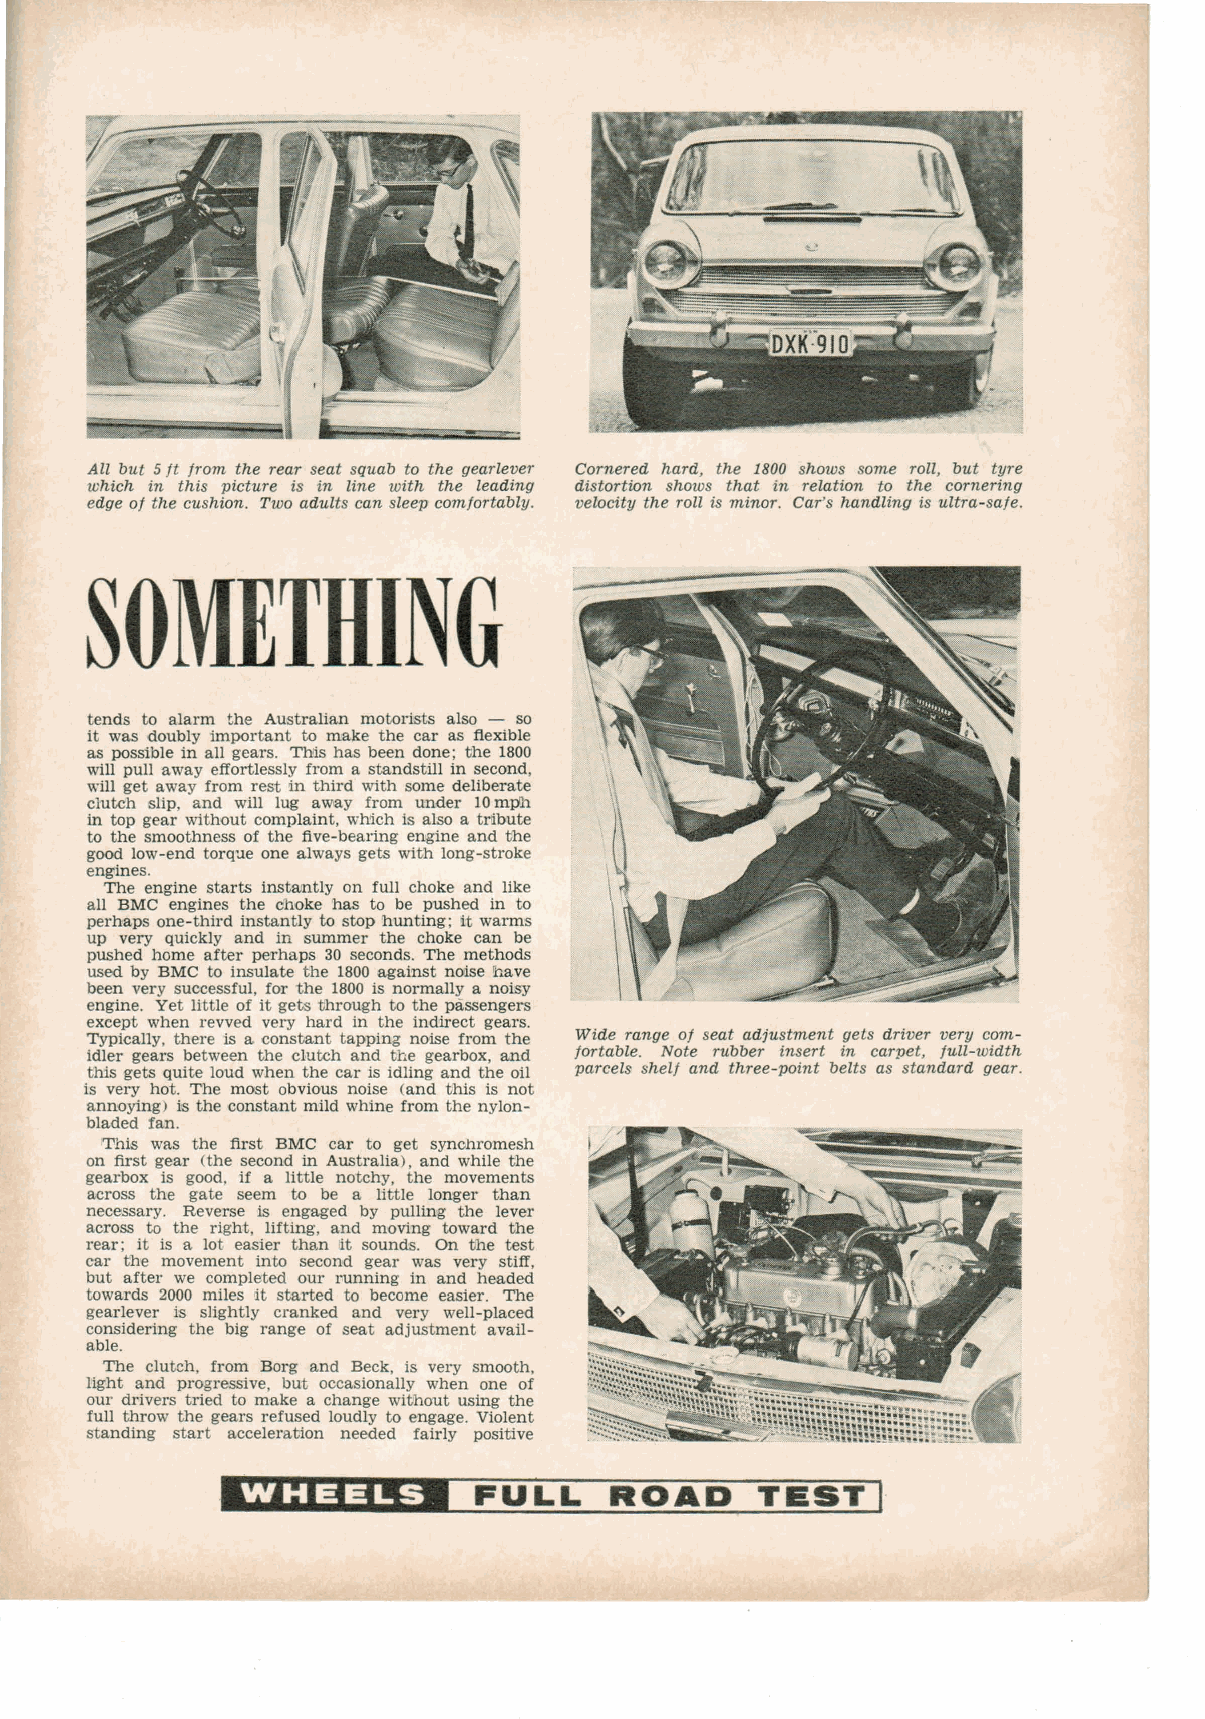
All but 5 jt jrom the rear seat squab to the gearlever Cornered hard, the 1800 shows some roll, but tYl'e
 which in this picture is in line with the leading distortion shows that in relation to the cornering
 edge oj the cushion. Two adults can sleep comjortably. velocity the roll is minor. Car's handling is ultra-saje.
 SOMETHING
 tends to alarm the Australian motorists also - so
 it was doubly important to make the car as flexible
 as possible in all gears. Thiis has been done; the 1800
 will pull away effortlessly from a standstill in second,
 will get away from rest in third with some deliberate
 clutch Slip, and will lug away from under 10 mPh
 in top gear without complaint, which is also a tr[bute
 to the smoothness of the five-bealing engine and t!he
 good low-end torq'.le one always gets with long-stroke
 engines.
 The engine starts instantly on full choke and like
 all BMC engines the choke has to be pushed in to
 perhaps one-third instantly to stop hunting; it warms
 up very quickly and in summer the choke can be
 pushed home after perhaps 30 seconds. The methods
 used by BMC to insulate the 1800 against noise 'have
 been very successful, for the 1800 is normally a noisy
 engine. Yet little of it gets through to the passengers
 except when revved very hard in the indirect gears.
 Typical1y, there is a constant tapping noise from the Wide range oj seat adjustment gets driver very com
 idler gears between the clutch and the gearbox, and fortable. Note rubber insert in carpet, full-width
 this gets quite loud when the car is idling and the oil parcels shelf and three-point belts as standard gear.
 is very hot. The most obvious noise (and this is not
 annoying) is the constant mild whine from the nylon
 bladed fan.
 This was the first BMC car to get synchromesh
 on first gear (the second in Australia), and while the
 gearbox is good, if a little notchy, the movements
 across the gate seem to be a little longer than
 necessary. Reverse is engaged by pulling the lever
 across to the right, lifting, and moving toward the
 rear; it is a lot easier than it sounds. On the test
 car the movement into second gear was very stiff,
 but after we completed our running in and headed
 towards 2000 miles it started to become easier. The
 gearlever is slightly cranked and very well-placed
 considering the big range of seat adjustment avail
 able.
 The clutch, from Borg and Beck, is very smooth,
 light and progressive, but occasionally when one of
 our drivers tried to make a change without using the
 full throw the gears refused loudly to engage. Violent
 standing start acceleration needed fairly positive
 1'.'4:1331--)1
 FUL  L   ROAD      T EST   ,.